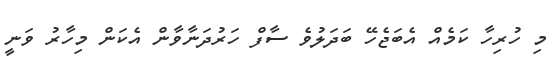
މި ހުރިހާ ކަމެއް އެބަޖެހޭ ބަދަލުވެ ސާފް ހަރުދަނާވާން އެކަން މިހާރު ވަނީ